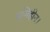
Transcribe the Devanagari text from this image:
भूमिहीन।